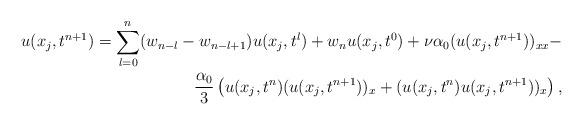
LaTeX: \begin{align*} u(x_j,t^{n+1})=\sum\limits_{l=0}^{n} (w_{n-l}-w_{n-l+1})u(x_j,t^{l}) + w_n u(x_j,t^{0})+\nu\alpha_0 (u(x_j,t^{n+1}))_{xx}-\\{}\frac{\alpha_0}{3}\left( u(x_j,t^{n})(u(x_j,t^{n+1}))_x+(u(x_j,t^{n})u(x_j,t^{n+1}))_x\right), \end{align*}